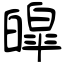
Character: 皡